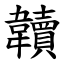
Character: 韥